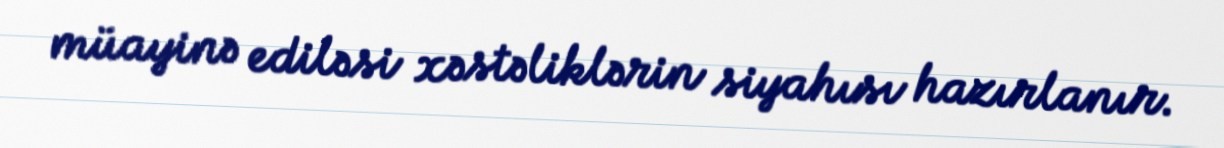
müayinə ediləsi xəstəliklərin siyahısı hazırlanır.